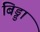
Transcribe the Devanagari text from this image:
बिड्डा